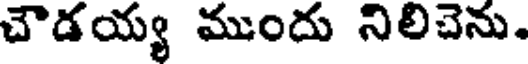
చౌడయ్య ముందు నిలిచెను.